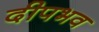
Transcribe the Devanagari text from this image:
दीपभव